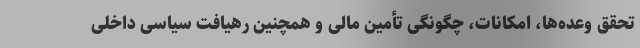
تحقق وعده‌ها، امکانات، چگونگی تأمین مالی و همچنین رهیافت سیاسی داخلی